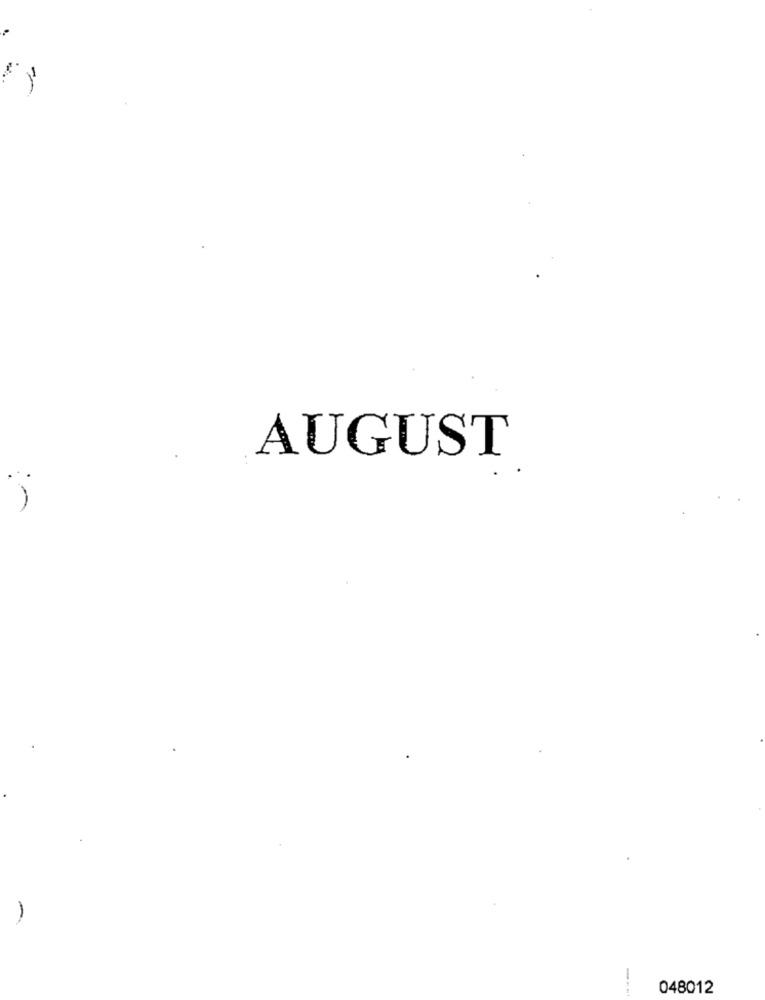
-
AUGUST
048012